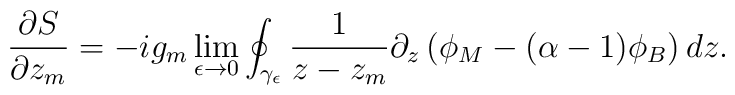
\frac{\partial S}{\partial z_m} = - i g_m \lim_{\epsilon \rightarrow 0}\oint_{\gamma_{\epsilon}} \frac{1}{z-z_m}\partial_z\left(\phi_M-(\alpha-1)\phi_B\right) d z.